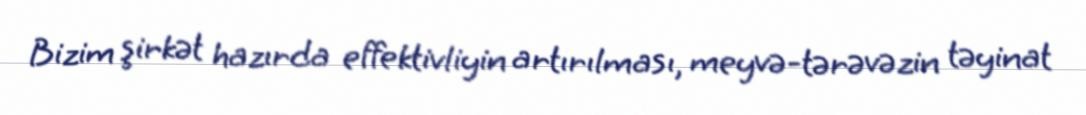
Bizim şirkət hazırda effektivliyin artırılması, meyvə-tərəvəzin təyinat